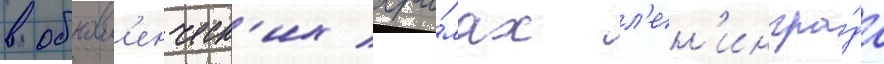
в обновл'енческ'их хра́мах л'ен'ингра́да